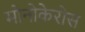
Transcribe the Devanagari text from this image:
मोनोकेरोस